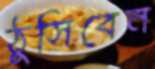
ঠুসিবেন